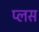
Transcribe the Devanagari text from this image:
प्‍लस